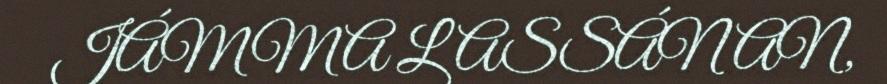
JÁMMA LASSÁNAN,